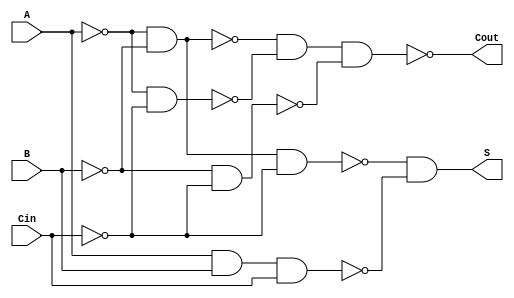
module NegativeCircuitFullAdder (
    input wire A,      // First binary input
    input wire B,      // Second binary input
    input wire Cin,    // Carry input
    output wire S,     // Sum output
    output wire Cout    // Carry output
);

// Internal signals for negative logic
wire A_n, B_n, Cin_n;
wire AB, ACin, BCin;

// Invert inputs for negative logic
assign A_n = ~A; // A_n is the negative logic of A
assign B_n = ~B; // B_n is the negative logic of B
assign Cin_n = ~Cin; // Cin_n is the negative logic of Cin

// Sum output using XOR for negative logic
assign S = ~(A_n & B_n & Cin_n) & ~(A & B & Cin); // S = A XOR B XOR Cin

// Carry output using AND and OR for negative logic
assign AB = ~(A_n & B_n); // A AND B in negative logic
assign ACin = ~(A_n & Cin_n); // A AND Cin in negative logic
assign BCin = ~(B_n & Cin_n); // B AND Cin in negative logic

// Cout = (A AND B) OR (A AND Cin) OR (B AND Cin)
assign Cout = ~(AB & ACin & BCin); // Cout in negative logic

endmodule